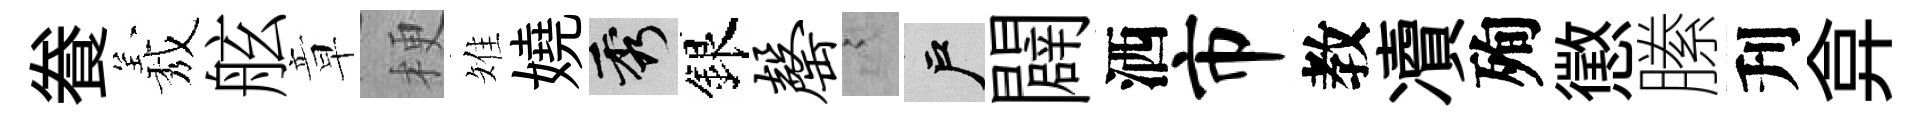
飬𦏁舷章梗雉嬈秀銀罄謭户闢洒市教凟殉懲縢刋弇